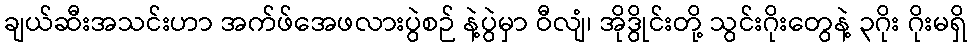
ချယ်ဆီးအသင်းဟာ အက်ဖ်အေဖလားပွဲစဉ် နဲ့ပွဲမှာ ဝီလျံ၊ အိုဒွိုင်းတို့ သွင်းဂိုးတွေနဲ့ ၃ဂိုး ဂိုးမရှိ